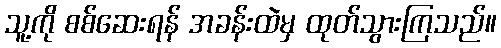
သူ့ကို စစ်ဆေးရန် အခန်းထဲမှ ထုတ်သွားကြသည်။